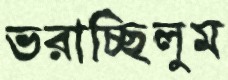
ভরাচ্ছিলুম